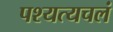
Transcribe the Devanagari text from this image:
पश्यत्यचलं